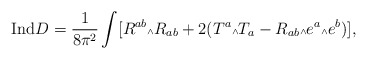
\begin{align*}{\mbox {Ind}} D = \frac{1}{8\pi^2} \int [R^{ab} \mbox{\tiny $\wedge$} R_{ab} + 2 (T^a \mbox{\tiny $\wedge$} T_a - R_{ab} \mbox{\tiny $\wedge$} e^a \mbox{\tiny $\wedge$} e^b)],\end{align*}